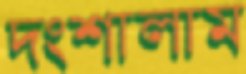
দংশালাম